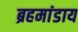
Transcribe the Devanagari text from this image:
ब्रहमांडाय